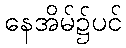
နေအိမ်၌ပင်